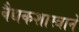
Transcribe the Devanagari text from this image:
वैद्यकशास्त्राने